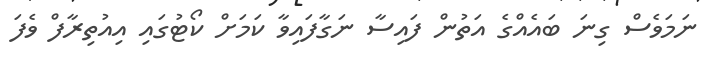
ނަމަވެސް ގިނަ ބައެއްގެ އަތުން ފައިސާ ނަގާފައިވާ ކަމަށް ކޯޓުގައި އިއުތިރާފް ވެފަ